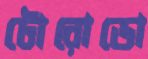
টোরোডো